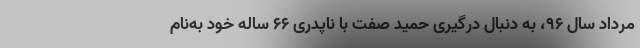
مرداد سال ۹۶، به دنبال درگیری حمید صفت با ناپدری ۶۶ ساله خود به‌نام